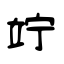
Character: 竚